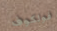
فولكوف